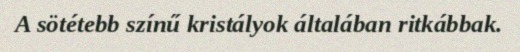
A sötétebb színű kristályok általában ritkábbak.